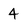
Character: 4